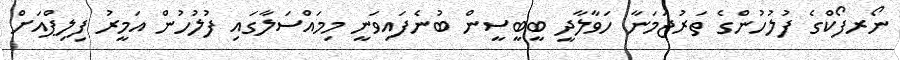
ނޯރފޯކްގެ ފުލުހުންގެ ތަރުޖަމަނާ ހަވާލާދީ ބީބީސީން ބުނެފައިވަނީ މިމައްސަލާގައި ފުލުހުން އަމީރު ފިލިޕްއަށް